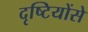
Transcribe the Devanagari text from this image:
दृष्टियोंसे